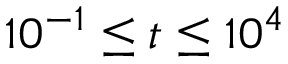
1 0 ^ { - 1 } \leq t \leq 1 0 ^ { 4 }